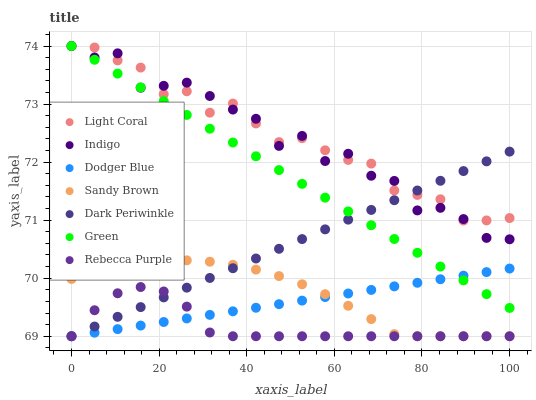
| xaxis_label | Light Coral | Indigo | Dodger Blue | Sandy Brown | Dark Periwinkle | Green | Rebecca Purple |
 | --- | --- | --- | --- | --- | --- | --- | --- |
 | 0 | 74 | 74 | 69 | 70 | 69 | 74 | 69 |
 | 5.26 | 74 | 73.8 | 69.1 | 70.1 | 69.2 | 73.8 | 69.4 |
 | 10.5 | 73.8 | 73.9 | 69.1 | 70.2 | 69.3 | 73.5 | 69.7 |
 | 15.8 | 73.6 | 73.3 | 69.2 | 70.3 | 69.5 | 73.3 | 69.8 |
 | 21.1 | 73.2 | 73.3 | 69.2 | 70.3 | 69.7 | 73.1 | 69.8 |
 | 26.3 | 73.2 | 73.4 | 69.3 | 70.3 | 69.8 | 72.8 | 69.5 |
 | 31.6 | 72.9 | 73.1 | 69.4 | 70.3 | 70 | 72.6 | 69.1 |
 | 36.8 | 73 | 72.9 | 69.4 | 70.2 | 70.2 | 72.3 | 69 |
 | 42.1 | 72.7 | 72.7 | 69.5 | 70.1 | 70.3 | 72.1 | 69 |
 | 47.4 | 72.3 | 72.3 | 69.6 | 70 | 70.5 | 71.9 | 69 |
 | 52.6 | 72.4 | 72.5 | 69.6 | 69.9 | 70.7 | 71.6 | 69 |
 | 57.9 | 72.2 | 72 | 69.7 | 69.7 | 70.8 | 71.4 | 69 |
 | 63.2 | 72 | 72.1 | 69.7 | 69.5 | 71 | 71.2 | 69 |
 | 68.4 | 72 | 71.8 | 69.8 | 69.3 | 71.2 | 70.9 | 69 |
 | 73.7 | 71.5 | 71.7 | 69.9 | 69 | 71.3 | 70.7 | 69 |
 | 78.9 | 71.4 | 71.2 | 69.9 | 69 | 71.5 | 70.4 | 69 |
 | 84.2 | 71.4 | 71.2 | 70 | 69 | 71.7 | 70.2 | 69 |
 | 89.5 | 71 | 71 | 70 | 69 | 71.8 | 70 | 69 |
 | 94.7 | 71 | 70.7 | 70.1 | 69 | 72 | 69.7 | 69 |
 | 100 | 71 | 70.7 | 70.2 | 69 | 72.2 | 69.5 | 69 |